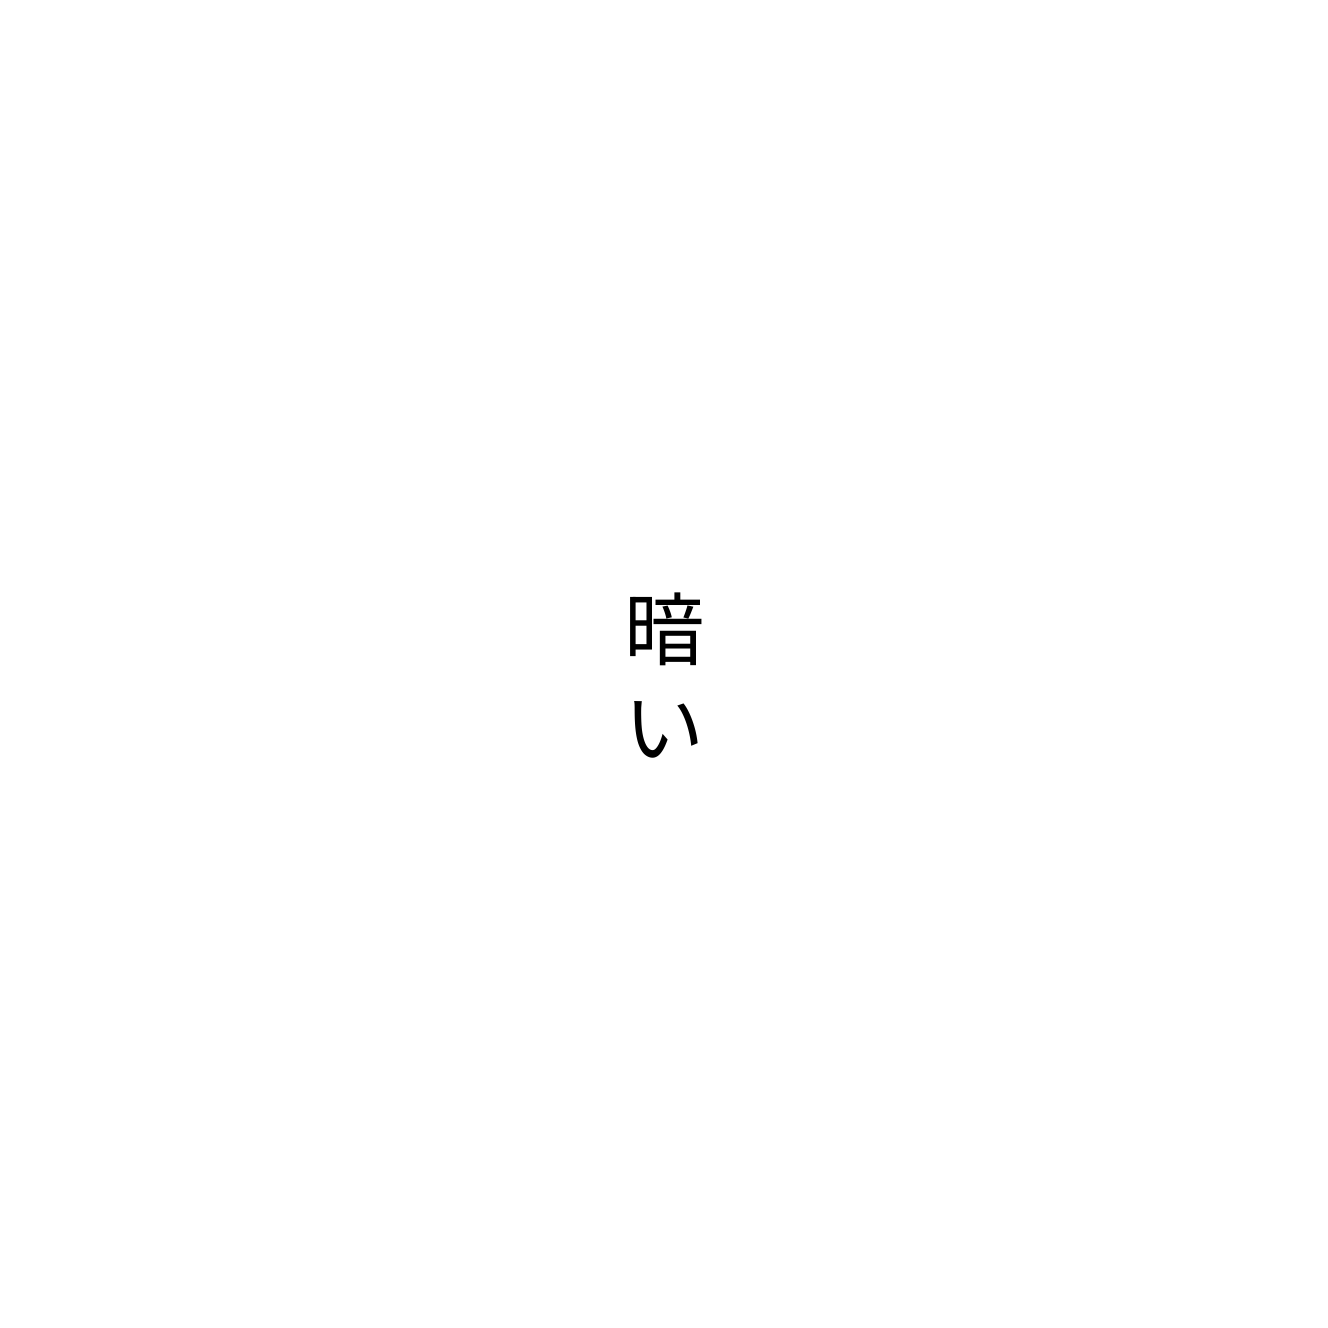
暗い